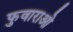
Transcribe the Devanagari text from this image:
फुवाराओ